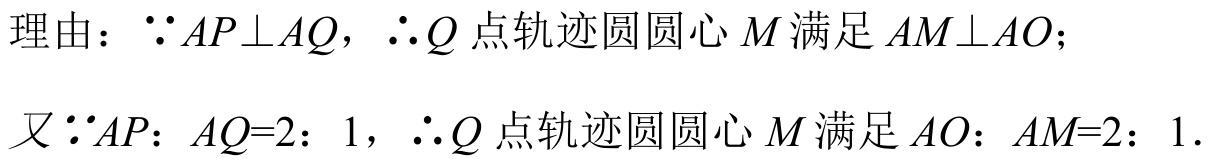
理由：$\because AP\perp AQ$，$\therefore Q$点轨迹圆圆心$M$满足$AM\perp AO$；
又$\because AP$：$AQ = 2$：$1$，$\therefore Q$点轨迹圆圆心$M$满足$AO$：$AM = 2$：$1$．